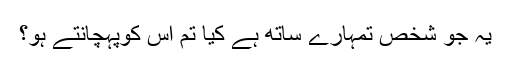
یہ جو شخص تمہارے ساتھ ہے کیا تم اس کوپہچانتے ہو؟